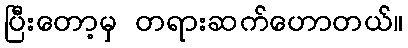
ပြီးတော့မှ တရားဆက်ဟောတယ်။